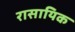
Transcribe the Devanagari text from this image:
रासायिक